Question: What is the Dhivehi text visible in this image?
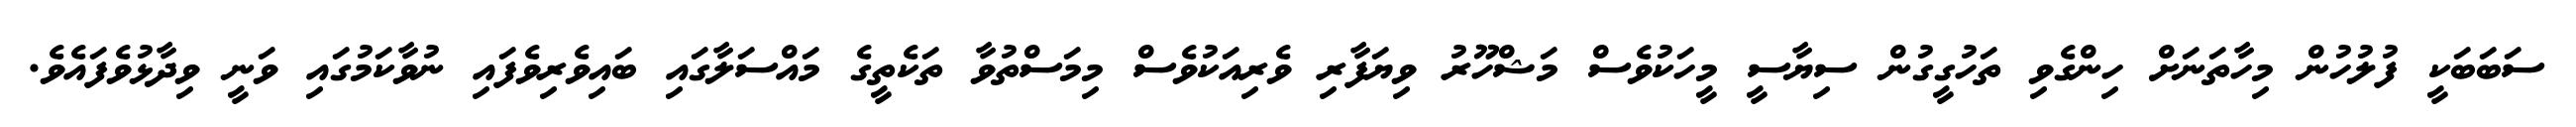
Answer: ސަބަބަކީ ފުލުހުން މިހާތަނަށް ހިންގެވި ތަހުގީގުން ސިޔާސީ މީހަކުވެސް މަޝްހޫރު ވިޔަފާރި ވެރިއަކުވެސް މިމަސްތުވާ ތަކެތީގެ މައްސަލާގައި ބައިވެރިވެފައި ނުވާކަމުގައި ވަނީ ވިދާޅުވެފައެވެ.